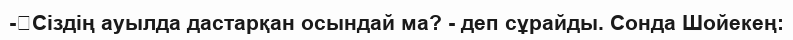
-	Сіздің ауылда дастарқан осындай ма? - деп сұрайды. Сонда Шойекең: